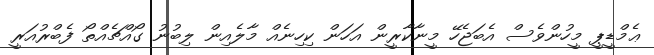
ޢެމްޑީޕީ މީހުންވެސް އެބަޖެހޭ މީނާކާރީން އަހަން ކިހިނެއް މާލެއިން ލިބުނު ގޯއްޗެއްތޯ ފެބްރުއަރީ